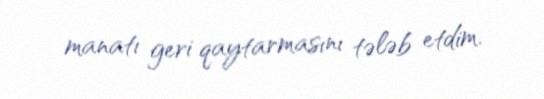
manatı geri qaytarmasını tələb etdim.